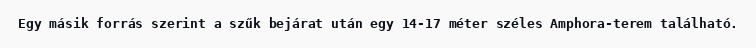
Egy másik forrás szerint a szűk bejárat után egy 14-17 méter széles Amphora-terem található.